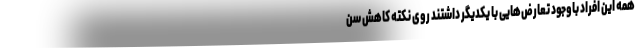
همه این افراد باوجود تعارض‌هایی با یکدیگر داشتند روی نکته کاهش سن